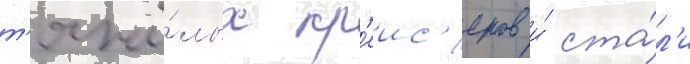
т'яжё́лых кр'еис'еров и́ ста́л'и